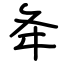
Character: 夅